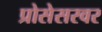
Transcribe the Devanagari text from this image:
प्रोसेसरवर